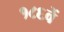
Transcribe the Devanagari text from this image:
१८६वें